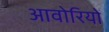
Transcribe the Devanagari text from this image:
आवोरियों